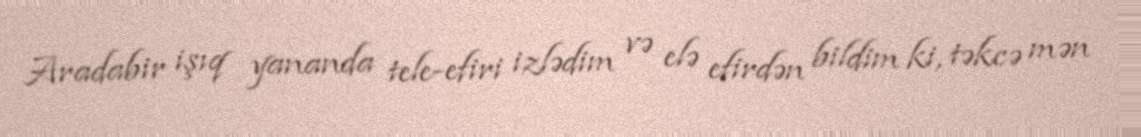
Aradabir işıq yananda tele-efiri izlədim və elə efirdən bildim ki, təkcə mən